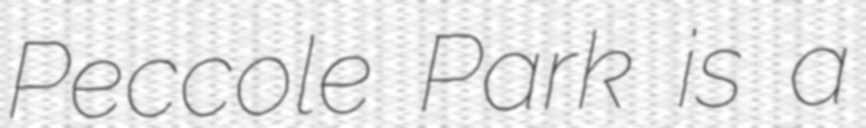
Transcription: Peccole Park is a